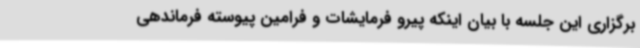
برگزاری این جلسه با بیان اینکه پیرو فرمایشات و فرامین پیوسته فرماندهی